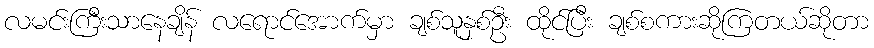
လမင်းကြီးသာနေချိန် လရောင်အောက်မှာ ချစ်သူနှစ်ဦး ထိုင်ပြီး ချစ်စကားဆိုကြတယ်ဆိုတာ